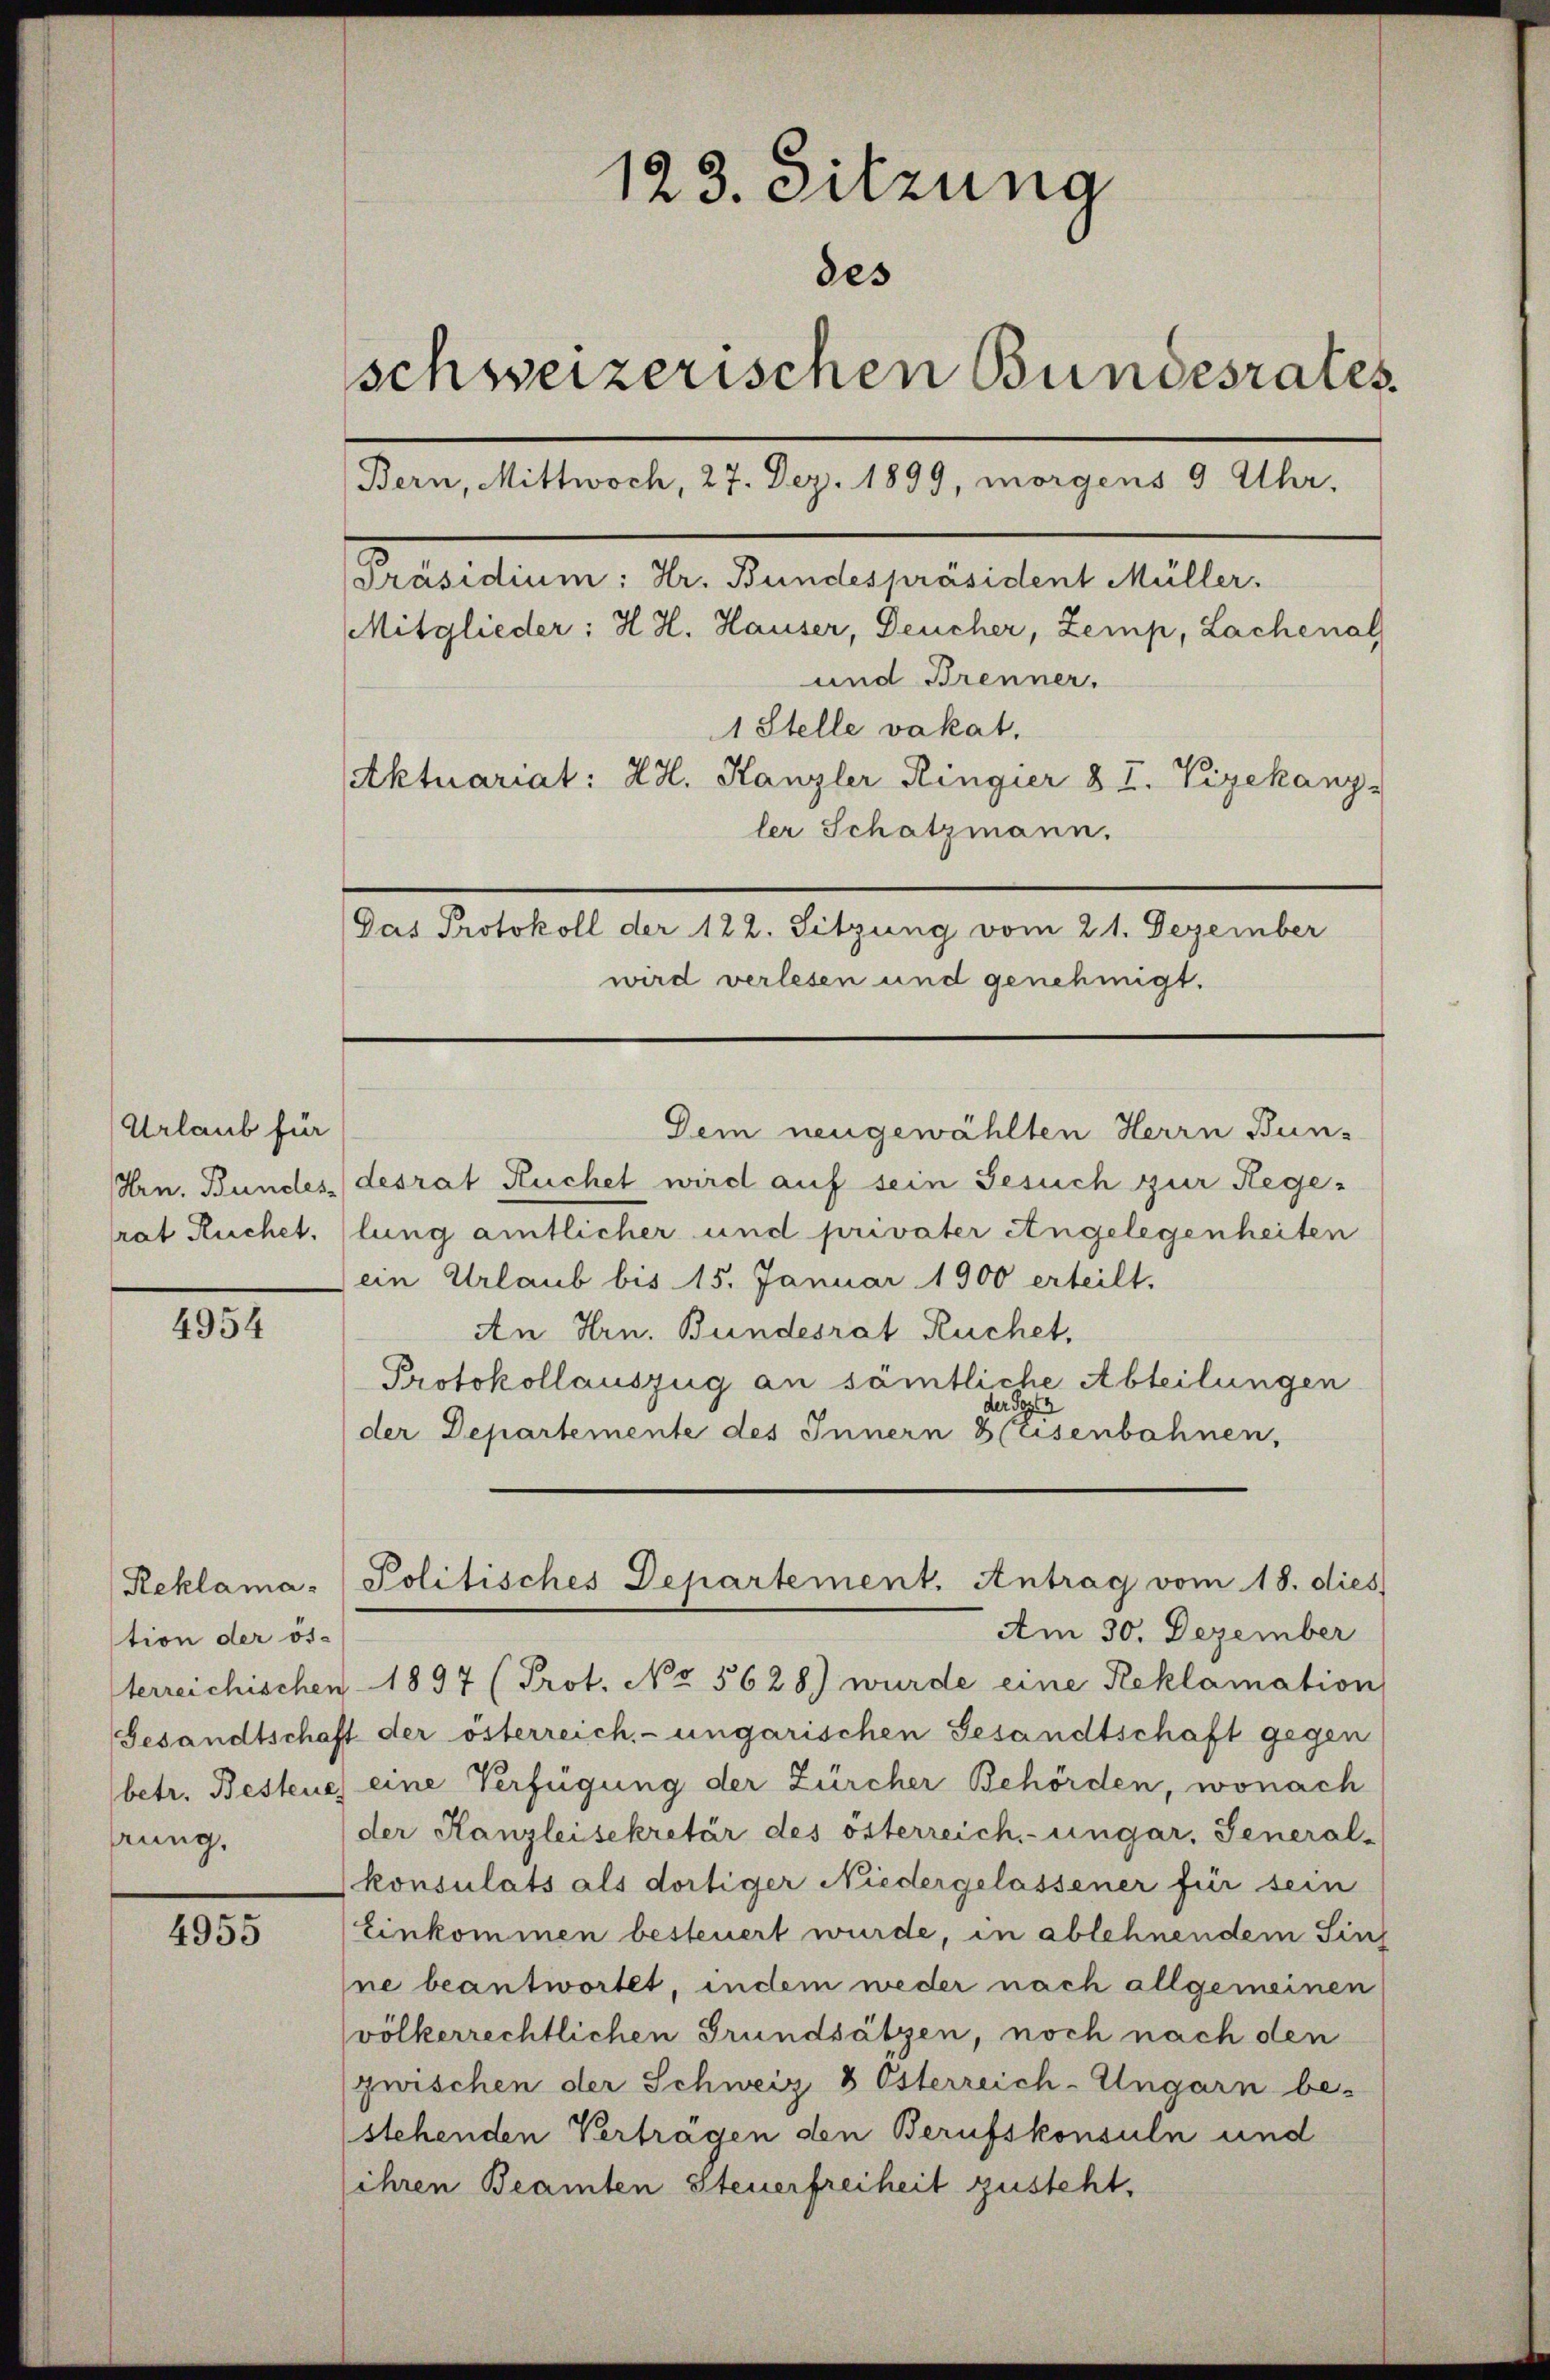
Urlaub für
Arn. Bundes
rat Ruchet.

4954

tion der ös
terreichischen
Gesandtschaft
betr. Besteue
rung.

4955

123. Sitzung
des
schweizerischen Bundesrates
Bern, Mittwoch, 27. Dez. 1899, morgens 9 Uhr,
[Präsidium: Hr. Bundespräsident Müller.
Mitglieder: H. H. Hauser, Deucher, Zemp, Lachenal
und Brenner.
1 Stelle vakat.
Aktuariat: HH. Kanzler Ringier 8 u. Vizekanz-
ler Schatzmann.
Das Protokoll der 122. Sitzung vom 21. Dezember
wird verlesen und genehmigt.

desrat Ruchet wird auf sein Gesuch zur Hegelung amtlicher und privater Angelegenheiten
ein Urlaub bis 15. Januar 1900 erteilt.
An Hrn. Bundesrat Ruchet,
Protokollauszug an sämtliche Abteilungen
der Pers
der Departemente des Innern 8 Eisenbahnen,
Am 30. Dezember
1897 (Prot. No. 5628) wurde eine Reklamation
der österreich, ungarischen Gesandtschaft gegen
eine Verfügung der Zürcher Behörden, wonach
der Kanzleisekretär des österreich-ungar. General-
konsulats als dortiger Niedergelassener für sein
Einkommen besteuert wurde, in ablehnendem Sin
ne beantwortet, indem weder nach allgemeinen
völkerrechtlichen Grundsätzen, noch nach den
zwischen der Schweiz 8 Österreich-Ungarn be-
stehenden Verträgen den Berufskonsuln und
ihren Beamten Steuerfreiheit zusteht,

Dem neugewählten Herrn Bun-

Reklama-Politisches Departement. Antrag vom 18. dies